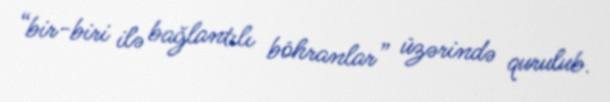
“bir-biri ilə bağlantılı böhranlar” üzərində qurulub.